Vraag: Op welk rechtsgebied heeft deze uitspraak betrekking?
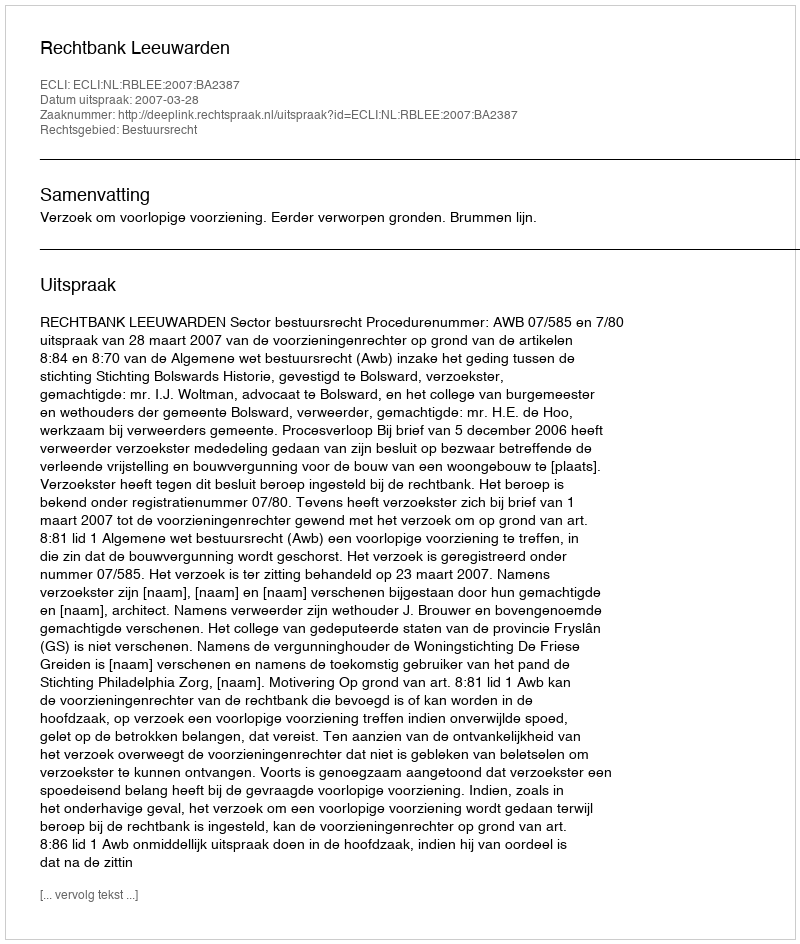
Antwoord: Bestuursrecht